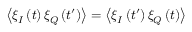
\left\langle \xi _ { I } \left( t \right) \xi _ { Q } \left( t ^ { \prime } \right) \right\rangle = \left\langle \xi _ { I } \left( t ^ { \prime } \right) \xi _ { Q } \left( t \right) \right\rangle